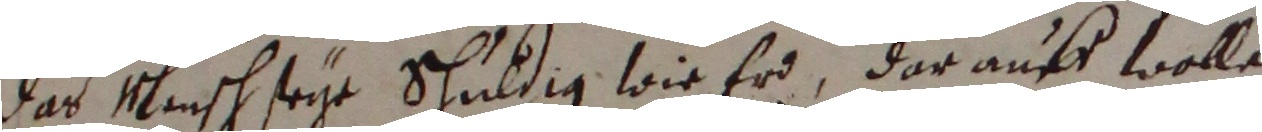
das mensch seye schuldig wir er, darauff wolle